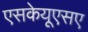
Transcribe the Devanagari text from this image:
एसकेयूएसए